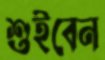
শুইবেন